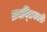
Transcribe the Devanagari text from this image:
क्रान्‍तिकारी